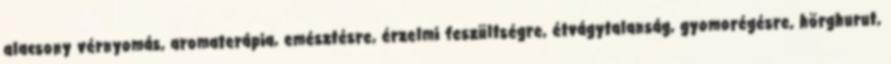
alacsony vérnyomás, aromaterápia, emésztésre, érzelmi feszültségre, étvágytalanság, gyomorégésre, hörghurut,